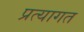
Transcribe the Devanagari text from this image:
प्रत्यागत